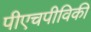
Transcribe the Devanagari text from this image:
पीएचपीविकी